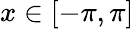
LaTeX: x\in[-\pi,\pi]